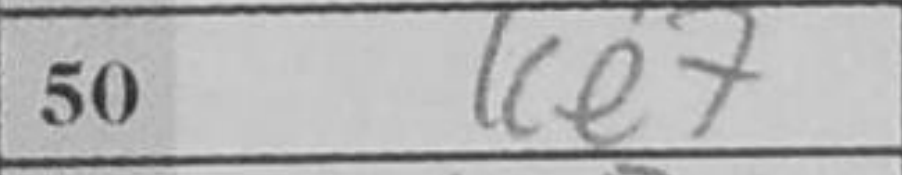
Transcription: Ke7